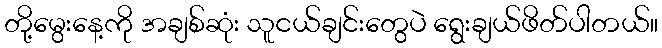
တို့မွေးနေ့ကို အချစ်ဆုံး သူငယ်ချင်းတွေပဲ ရွေးချယ်ဖိတ်ပါတယ်။